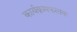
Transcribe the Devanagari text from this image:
कार्यक्रमफलक